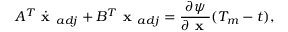
A ^ { T } \dot { \textbf { x } } _ { a d j } + B ^ { T } \textbf { x } _ { a d j } = \frac { \partial \psi } { \partial \textbf { x } } ( T _ { m } - t ) ,